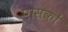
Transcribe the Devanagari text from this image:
पासकों